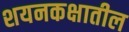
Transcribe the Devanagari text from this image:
शयनकक्षातील